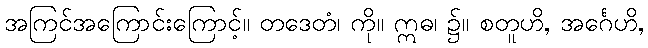
အကြင်အကြောင်းကြောင့်။ တဒေတံ၊ ကို။ ဣဓ၊ ၌။ စတူဟိ, အင်္ဂေဟိ,